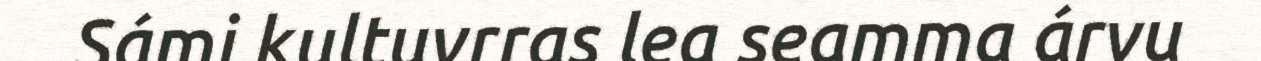
Sámi kultuvrras lea seamma árvu